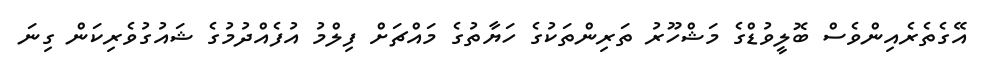
އޭގެތެރެއިންވެސް ބޮލީވުޑްގެ މަޝްހޫރު ތަރިންތަކުގެ ހަޔާތުގެ މައްޗަށް ފިލްމު އުފެއްދުމުގެ ޝައުގުވެރިކަން ގިނަ